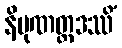
နိပုဏတ္ထဒဿိံ